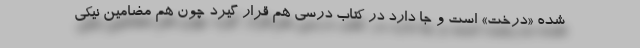
شده «درخت» است و جا دارد در کتاب درسی هم قرار گیرد چون هم مضامین نیکی